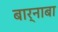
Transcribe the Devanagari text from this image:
बार्नाबा